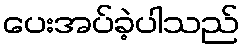
ပေးအပ်ခဲ့ပါသည်